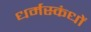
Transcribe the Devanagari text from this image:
धर्मस्कंधों